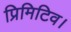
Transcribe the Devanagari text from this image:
प्रिमिटिव।